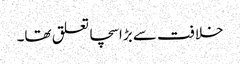
خلافت سے بڑا سچا تعلق تھا۔